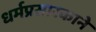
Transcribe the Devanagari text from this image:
धर्मप्रसारकाने